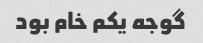
گوجه یکم خام بود